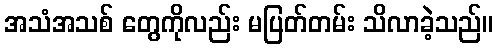
အသံအသစ် တွေကိုလည်း မပြတ်တမ်း သိလာခဲ့သည်။